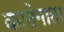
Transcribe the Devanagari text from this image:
कातेनाता